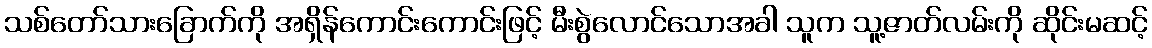
သစ်တော်သားခြောက်ကို အရှိန်ကောင်းကောင်းဖြင့် မီးစွဲလောင်သောအခါ သူက သူ့ဇာတ်လမ်းကို ဆိုင်းမဆင့်